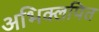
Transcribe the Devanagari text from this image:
अभिक्लपित